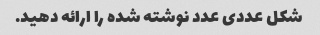
شکل عددی عدد نوشته شده را ارائه دهید.